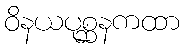
ဝိနယပုစ္ဆနကထာ